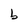
Character: b